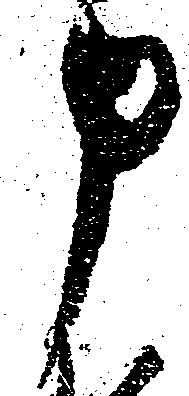
申